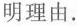
明理由.